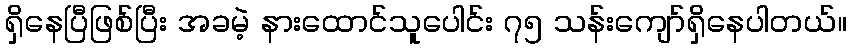
ရှိနေပြီဖြစ်ပြီး အခမဲ့ နားထောင်သူပေါင်း ၇၅ သန်းကျော်ရှိနေပါတယ်။